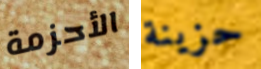
الأحزمة حزينة